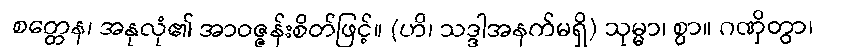
စတ္တေန၊ အနုလုံ၏ အာဝဇ္ဇန်းစိတ်ဖြင့်။ (ဟိ၊ သဒ္ဒါအနက်မရှိ) သုမ္မာ၊ စွာ။ ဂဏှိတွာ၊